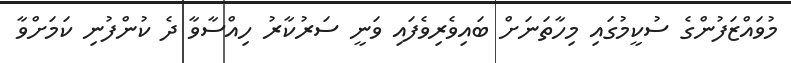
މުވައްޒަފުންގެ ސުކީމުގައި މިހާތަނަށް ބައިވެރިވެފައި ވަނީ ސަރުކާރު ހިއްސާވާ ދެ ކުންފުނި ކަމަށްވާ